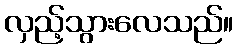
လှည့်သွားလေသည်။